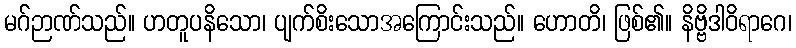
မဂ်ဉာဏ်သည်။ ဟတူပနိသော၊ ပျက်စိးသောအကြောင်းသည်။ ဟောတိ၊ ဖြစ်၏။ နိဗ္ဗိဒါဝိရာဂေ၊